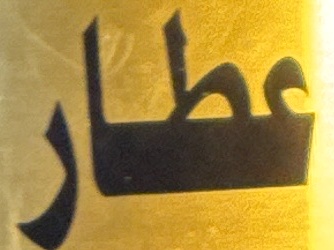
عطار